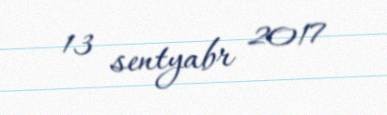
13 sentyabr 2017